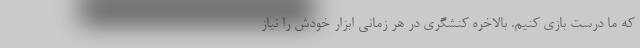
که ما درست بازی کنیم. بالاخره کنشگری در هر زمانی ابزار خودش را نیاز